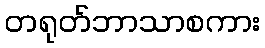
တရုတ်ဘာသာစကား